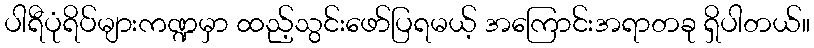
ပါရီပုံရိပ်များကဏ္ဍမှာ ထည့်သွင်းဖော်ပြရမယ့် အကြောင်းအရာတခု ရှိပါတယ်။